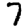
Digit: 7